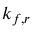
k _ { f , r }